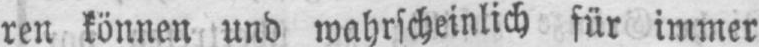
ren können und wahrscheinlich für immer